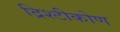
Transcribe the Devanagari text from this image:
द्रिश्टीकोण